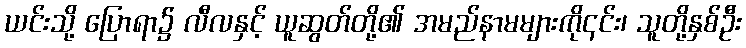
ယင်းသို့ ပြောရာ၌ လီလနှင့် ယူဆွတ်တို့၏ အမည်နာမများကို၎င်း၊ သူတို့နှစ်ဦး